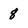
Character: 8